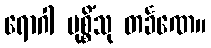
ရောဂါ မုစ္စိံသု တင်္ခဏေ။